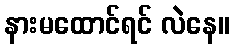
နားမထောင်ရင် လဲနေ။